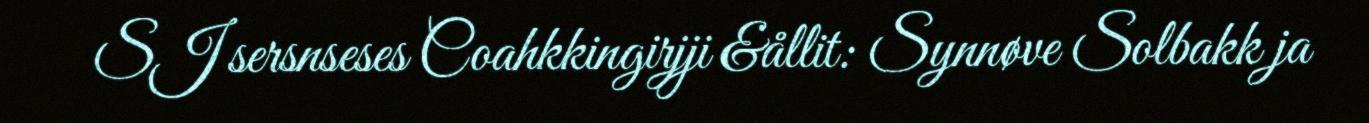
SJ sersnseses Coahkkingirjji &ållit: Synnøve Solbakk ja